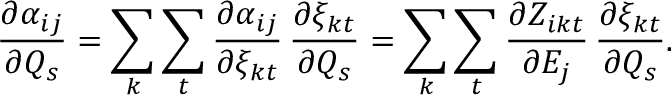
\frac { \partial { \alpha _ { i j } } } { \partial Q _ { s } } = \sum _ { k } \sum _ { t } \frac { \partial { \alpha _ { i j } } } { \partial \xi _ { k t } } \, \frac { \partial { \xi _ { k t } } } { \partial Q _ { s } } = \sum _ { k } \sum _ { t } \frac { \partial Z _ { i k t } } { \partial E _ { j } } \, \frac { \partial { \xi _ { k t } } } { \partial Q _ { s } } .